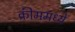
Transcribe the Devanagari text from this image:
क्रीममध्ये